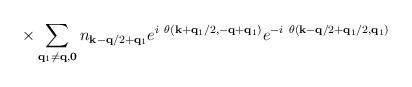
LaTeX: \begin{align*}\times\sum_{ {\bf{q}}_{1} \neq {\bf{q}}, {\bf{0}} }n_{ {\bf{k}} - {\bf{q}}/2 + {\bf{q}}_{1} }e^{i\mbox{ }\theta({\bf{k}} + {\bf{q}}_{1}/2, -{\bf{q}} + {\bf{q}}_{1})}e^{-i\mbox{ }\theta({\bf{k}} - {\bf{q}}/2 + {\bf{q}}_{1}/2, {\bf{q}}_{1})}\end{align*}